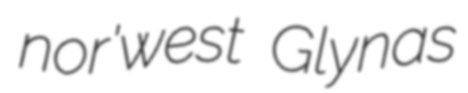
nor'west Glynas